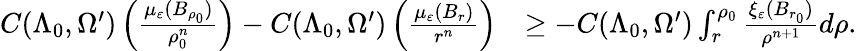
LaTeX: \begin{array}{rl}{C(\Lambda_{0},\Omega^{\prime})\left(\frac{\mu_{\varepsilon}(B_{\rho_{0}})}{\rho_{0}^{n}}\right)-C(\Lambda_{0},\Omega^{\prime})\left(\frac{\mu_{\varepsilon}(B_{r})}{r^{n}}\right)}&{\geq-C(\Lambda_{0},\Omega^{\prime})\int_{r}^{\rho_{0}}\frac{\xi_{\varepsilon}(B_{r_{0}})}{\rho^{n+1}}d\rho.}\end{array}